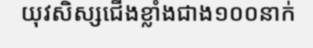
យុវសិស្សជើងខ្លាំងជាង១០០នាក់